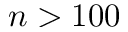
n > 1 0 0